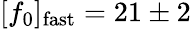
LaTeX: [f_{0}]_{\mathrm{fast}}=21\pm 2